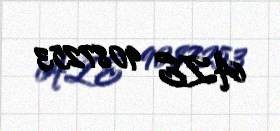
AZE 9087253